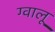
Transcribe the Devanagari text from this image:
ग्वालू